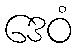
ဒေဝံ